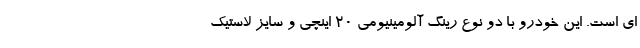
ای است. این خودرو با دو نوع رینگ آلومینیومی 20 اینچی و سایز لاستیک